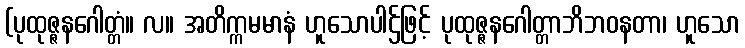
(ပုထုဇ္ဇနဂေါတ္တံ။ လ။ အတိက္ကမမာနံ ဟူသောပါဌ်ဖြင့် ပုထုဇ္ဇနဂေါတ္တာဘိဘဝနတာ၊ ဟူသော